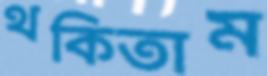
থকিতাম